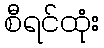
စီရင်ထုံး